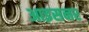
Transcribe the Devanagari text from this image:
आइसनर